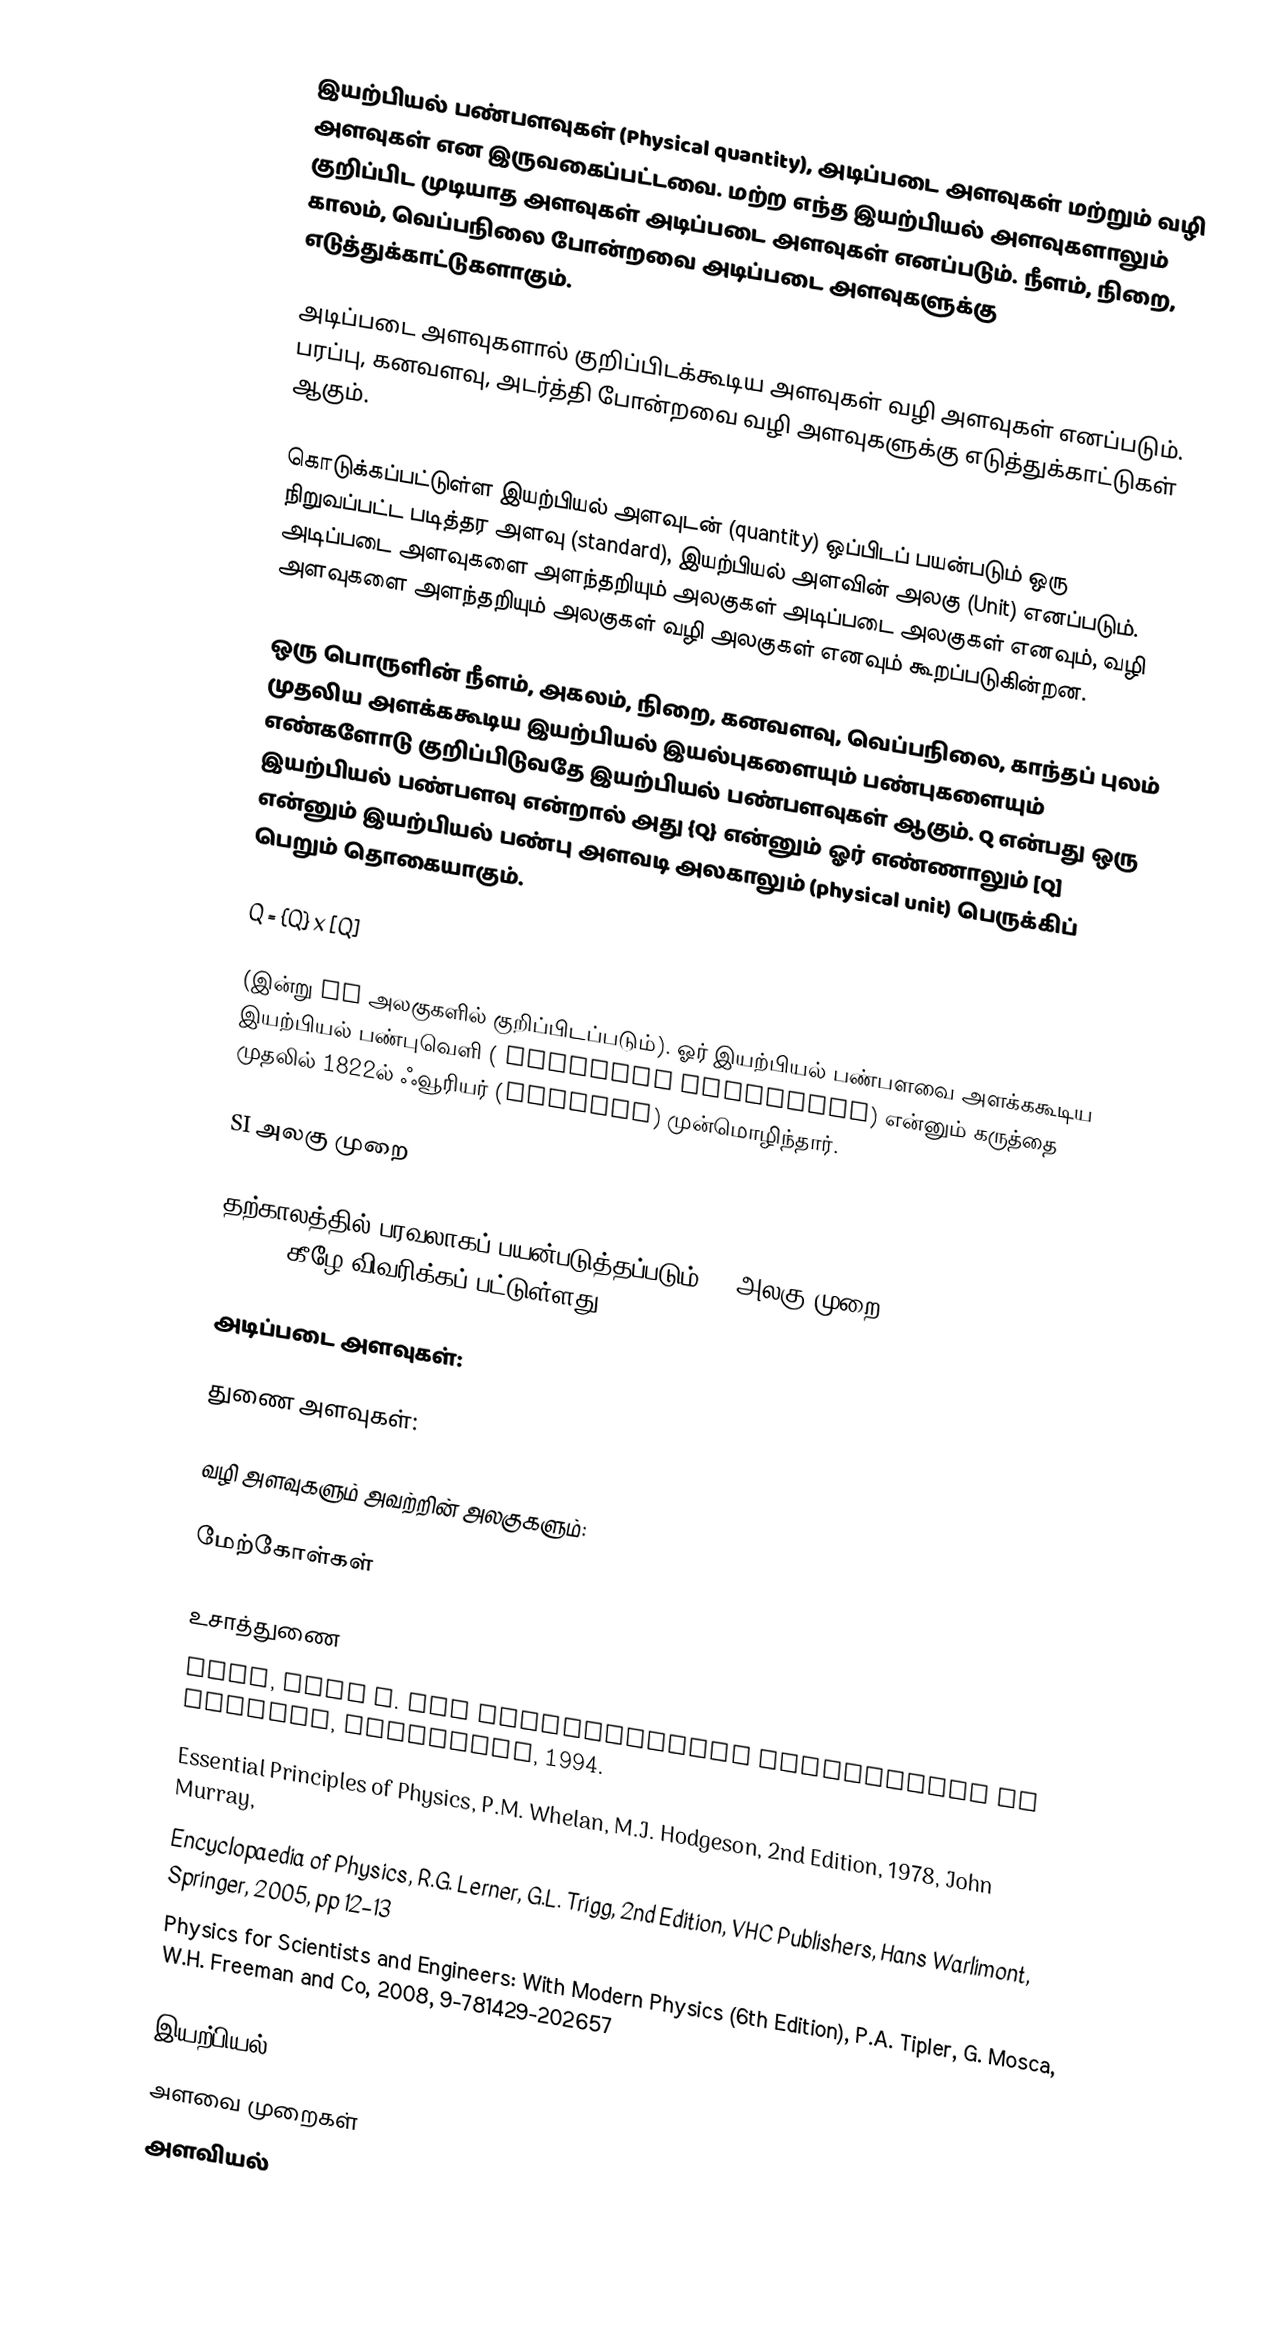
இயற்பியல் பண்பளவுகள் (Physical quantity), அடிப்படை அளவுகள் மற்றும் வழி அளவுகள் என இருவகைப்பட்டவை. மற்ற எந்த இயற்பியல் அளவுகளாலும் குறிப்பிட முடியாத அளவுகள் அடிப்படை அளவுகள் எனப்படும்.  நீளம், நிறை, காலம், வெப்பநிலை போன்றவை அடிப்படை அளவுகளுக்கு எடுத்துக்காட்டுகளாகும்.

அடிப்படை அளவுகளால் குறிப்பிடக்கூடிய அளவுகள் வழி அளவுகள் எனப்படும். பரப்பு, கனவளவு, அடர்த்தி போன்றவை வழி அளவுகளுக்கு எடுத்துக்காட்டுகள் ஆகும்.

கொடுக்கப்பட்டுள்ள இயற்பியல் அளவுடன் (quantity) ஒப்பிடப் பயன்படும் ஒரு நிறுவப்பட்ட படித்தர அளவு (standard), இயற்பியல் அளவின் அலகு (Unit) எனப்படும். அடிப்படை அளவுகளை அளந்தறியும் அலகுகள் அடிப்படை அலகுகள் எனவும், வழி அளவுகளை அளந்தறியும் அலகுகள் வழி அலகுகள் எனவும் கூறப்படுகின்றன.

ஒரு பொருளின் நீளம், அகலம், நிறை, கனவளவு, வெப்பநிலை, காந்தப் புலம் முதலிய அளக்ககூடிய இயற்பியல் இயல்புகளையும் பண்புகளையும் எண்களோடு குறிப்பிடுவதே இயற்பியல் பண்பளவுகள் ஆகும். Q என்பது ஒரு இயற்பியல் பண்பளவு என்றால் அது {Q} என்னும் ஓர் எண்ணாலும் [Q] என்னும் இயற்பியல் பண்பு அளவடி அலகாலும் (physical unit) பெருக்கிப் பெறும் தொகையாகும்.

 Q = {Q} x [Q]

(இன்று SI அலகுகளில் குறிப்பிடப்படும்). ஓர் இயற்பியல் பண்பளவை அளக்ககூடிய இயற்பியல் பண்புவெளி ( physical dimension) என்னும் கருத்தை முதலில் 1822ல் ஃவூரியர் (Fourier) முன்மொழிந்தார்.

SI அலகு முறை

தற்காலத்தில் பரவலாகப் பயன்படுத்தப்படும் SI அலகு முறை (System International de Units) கீழே விவரிக்கப் பட்டுள்ளது.

அடிப்படை அளவுகள்:

துணை அளவுகள்:

வழி அளவுகளும் அவற்றின் அலகுகளும்:

மேற்கோள்கள்

உசாத்துணை
 Cook, Alan H. The observational foundations of physics, Cambridge, 1994.
 Essential Principles of Physics, P.M. Whelan, M.J. Hodgeson, 2nd Edition, 1978, John Murray,
 Encyclopaedia of Physics, R.G. Lerner, G.L. Trigg, 2nd Edition, VHC Publishers, Hans Warlimont, Springer, 2005, pp 12–13
 Physics for Scientists and Engineers: With Modern Physics (6th Edition), P.A. Tipler, G. Mosca, W.H. Freeman and Co, 2008, 9-781429-202657

இயற்பியல்
அளவை முறைகள்
அளவியல்